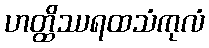
ဟတ္ထိဿရထသံကုလံ